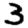
Digit: 3